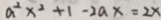
a ^ { 2 } x ^ { 2 } + 1 - 2 a x = 2 x